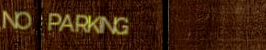
NO PARKING